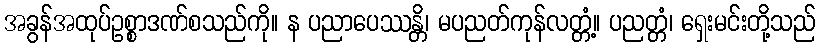
အခွန်အထုပ်ဥစ္စာဒဏ်စသည်ကို။ န ပညာပေဿန္တိ၊ မပညတ်ကုန်လတ္တံ့။ ပညတ္တံ၊ ရှေးမင်းတို့သည်